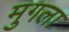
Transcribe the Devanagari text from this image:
मुगला